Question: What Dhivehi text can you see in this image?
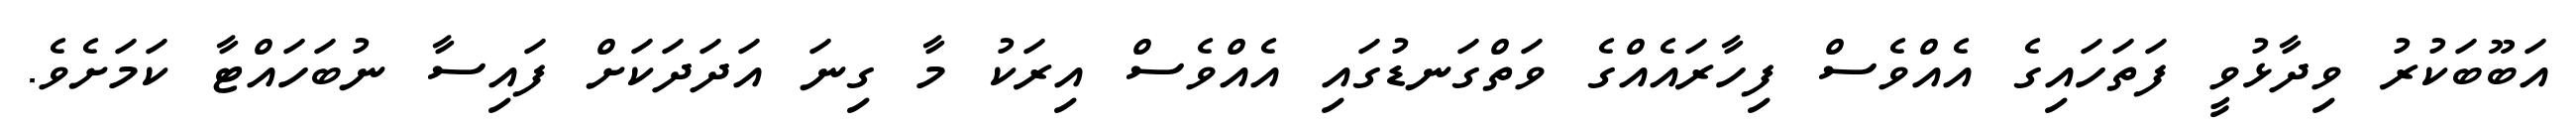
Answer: އަބޫބަކުރު ވިދާޅުވީ ފަތަހައިގެ އެއްވެސް ފިހާރައެއްގެ ވަތްގަނޑުގައި އެއްވެސް އިރަކު މާ ގިނަ އަދަދަކަށް ފައިސާ ނުބަހައްޓާ ކަމަށެވެ.